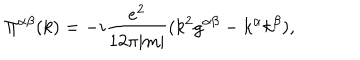
\Pi ^ { \alpha \beta } ( k ) = - i \frac { e ^ { 2 } } { 1 2 \pi | m | } ( k ^ { 2 } g ^ { \alpha \beta } - k ^ { \alpha } k ^ { \beta } ) ,